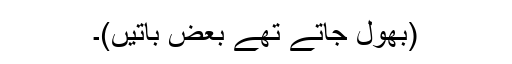
(بھول جاتے تھے بعض باتیں)۔